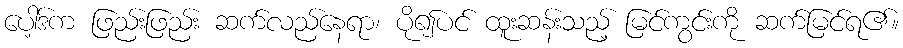
ပေါ့ဒ်က ဖြည်းဖြည်း ဆက်လည်နေရာ၊ ပို၍ပင် ထူးဆန်းသည့် မြင်ကွင်းကို ဆက်မြင်ရ၏။